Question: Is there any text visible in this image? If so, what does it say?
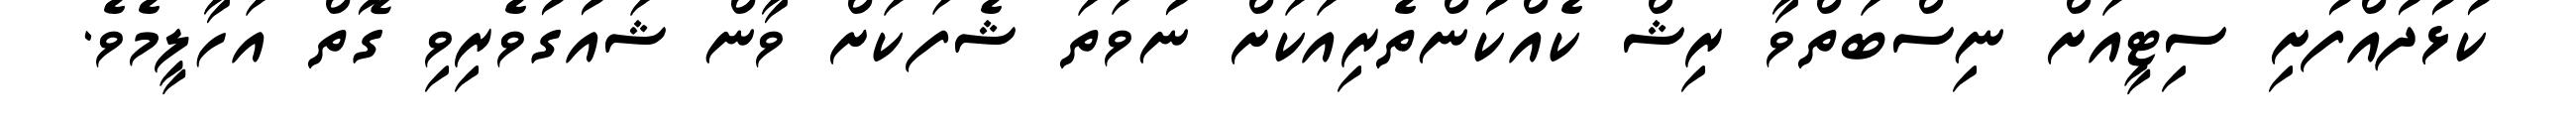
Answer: ކުޅުދުއްފުށި ސިޓީއަށް ނިސްބަތްވާ ރިޝް ކެއްކުންތެރިއަކަށް ނުވަތަ ޝެފަކަށް ވާން ޝައުގުވެރިވި ގޮތް އަހާލީމެވެ.